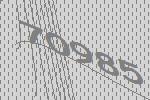
70985